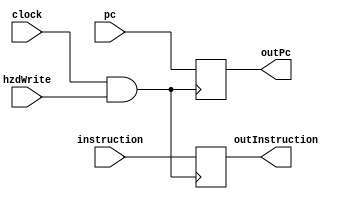
module ifId(
  input wire clock,
  input hzdWrite,
  input [31:0] instruction,
  input [31:0] pc,

  output reg [0:31] outPc,
  output reg [0:31] outInstruction
);

  initial begin
    outPc <= 0;
    outInstruction <= 0;
  end

  always @(posedge clock && hzdWrite) begin
    outInstruction <= instruction;
    outPc <= pc;
  end
endmodule